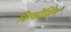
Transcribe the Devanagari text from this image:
विन्कोंसिन